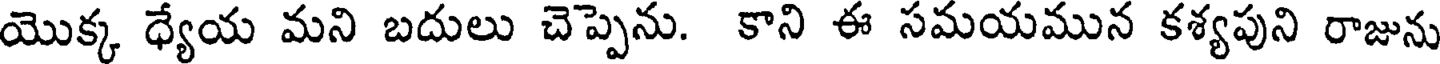
యొక్క ధ్యేయ మని బదులు చెప్పెను. కాని ఈ సమయమున కశ్యపుని రాజును